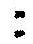
: